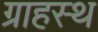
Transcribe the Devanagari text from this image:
ग्राहस्थ